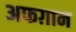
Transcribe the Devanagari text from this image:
अफग़ान